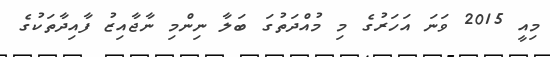
މިއީ 2015 ވަނަ އަހަރުގެ މި މުއްދަތުގަ ބަލާ ނިންމި ނާޖާއިޒު ފާއިދާތަކުގެ